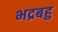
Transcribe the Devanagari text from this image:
भद्रबहु